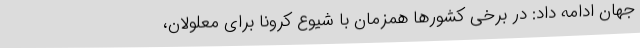
جهان ادامه داد: در برخی کشورها همزمان با شیوع کرونا برای معلولان،